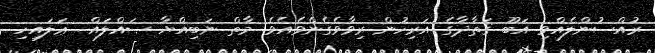
ރުއްސުންލެއްވި އަބޫ ޤަތާދާގެ އަރިހުން ރިވާވެގެންވެއެވެ. މާތް ނަބިއްޔާ ޞައްލައް  ޢަލައިހި